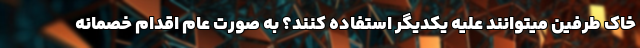
خاک طرفین میتوانند علیه یکدیگر استفاده کنند؟ به صورت عام اقدام خصمانه